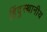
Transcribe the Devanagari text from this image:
हिंदुस्थानीय